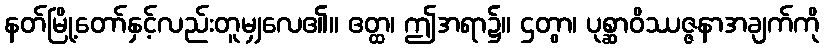
နတ်မြို့တော်နှင့်လည်းတူမျှလေ၏။ ဧတ္ထ၊ ဤအရာ၌။ ဌတွာ၊ ပုစ္ဆာဝိဿဇ္ဇနာအချက်ကို